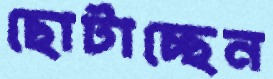
ছোটাচ্ছেন